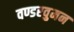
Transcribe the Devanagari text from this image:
वण्डरवुमन